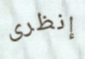
إنظرى